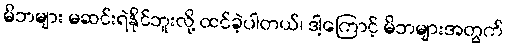
မိဘများ မဆင်းရဲနိုင်ဘူးလို့ ထင်ခဲ့ပါတယ်၊ ဒါ့ကြောင့် မိဘများအတွက်